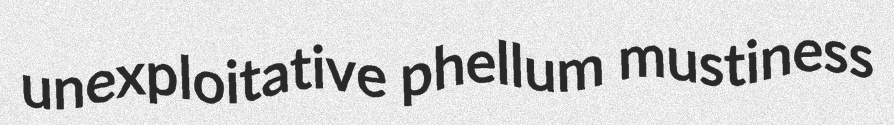
unexploitative phellum mustiness